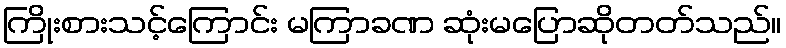
ကြိုးစားသင့်ကြောင်း မကြာခဏ ဆုံးမပြောဆိုတတ်သည်။